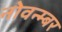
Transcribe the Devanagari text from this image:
नोवन्म्बर